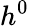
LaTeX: h^{0}